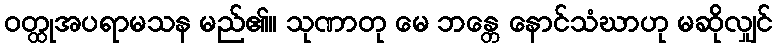
ဝတ္ထုအပရာမသန မည်၏။ သုဏာတု မေ ဘန္တေ နောင်သံဃာဟု မဆိုလျှင်